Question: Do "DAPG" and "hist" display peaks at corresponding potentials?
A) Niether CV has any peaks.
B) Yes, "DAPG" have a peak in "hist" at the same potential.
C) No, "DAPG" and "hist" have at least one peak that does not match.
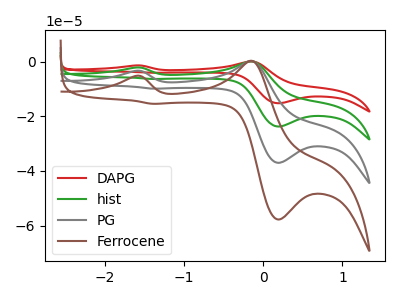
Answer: <think>The red curve "DAPG" has anodic peaks at (-1.60V, -10.05uA) (-0.15V, 0.65uA) and cathodic peaks at (0.20V, -111.10uA) (-1.40V, -29.65uA). The green curve "hist" has anodic peaks at (-1.60V, -6.70uA) (-0.15V, 0.40uA) and cathodic peaks at (0.20V, -74.05uA) (-1.40V, -19.75uA). The gray curve "PG" has anodic peaks at (-1.60V, -3.35uA) (-0.15V, 0.20uA) and cathodic peaks at (0.20V, -37.05uA) (-1.40V, -9.90uA). The brown curve "Ferrocene" has anodic peaks at (-1.60V, -5.20uA) (-0.15V, 0.35uA) and cathodic peaks at (0.20V, -57.80uA) (-1.40V, -15.40uA).</think>
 <answer>B) Yes, "DAPG" have a peak in "hist" at the same potential.</answer>
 <eval>B</eval>